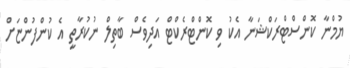
ޔުމްނާ ކޮންސްޓްރަކްޝަނާ އެކު ވި ކޮންޓްރެކްޓް އަދިވެސް ބާތިލް ނުކުރާތީ އެ ކުންފުންޏަށް